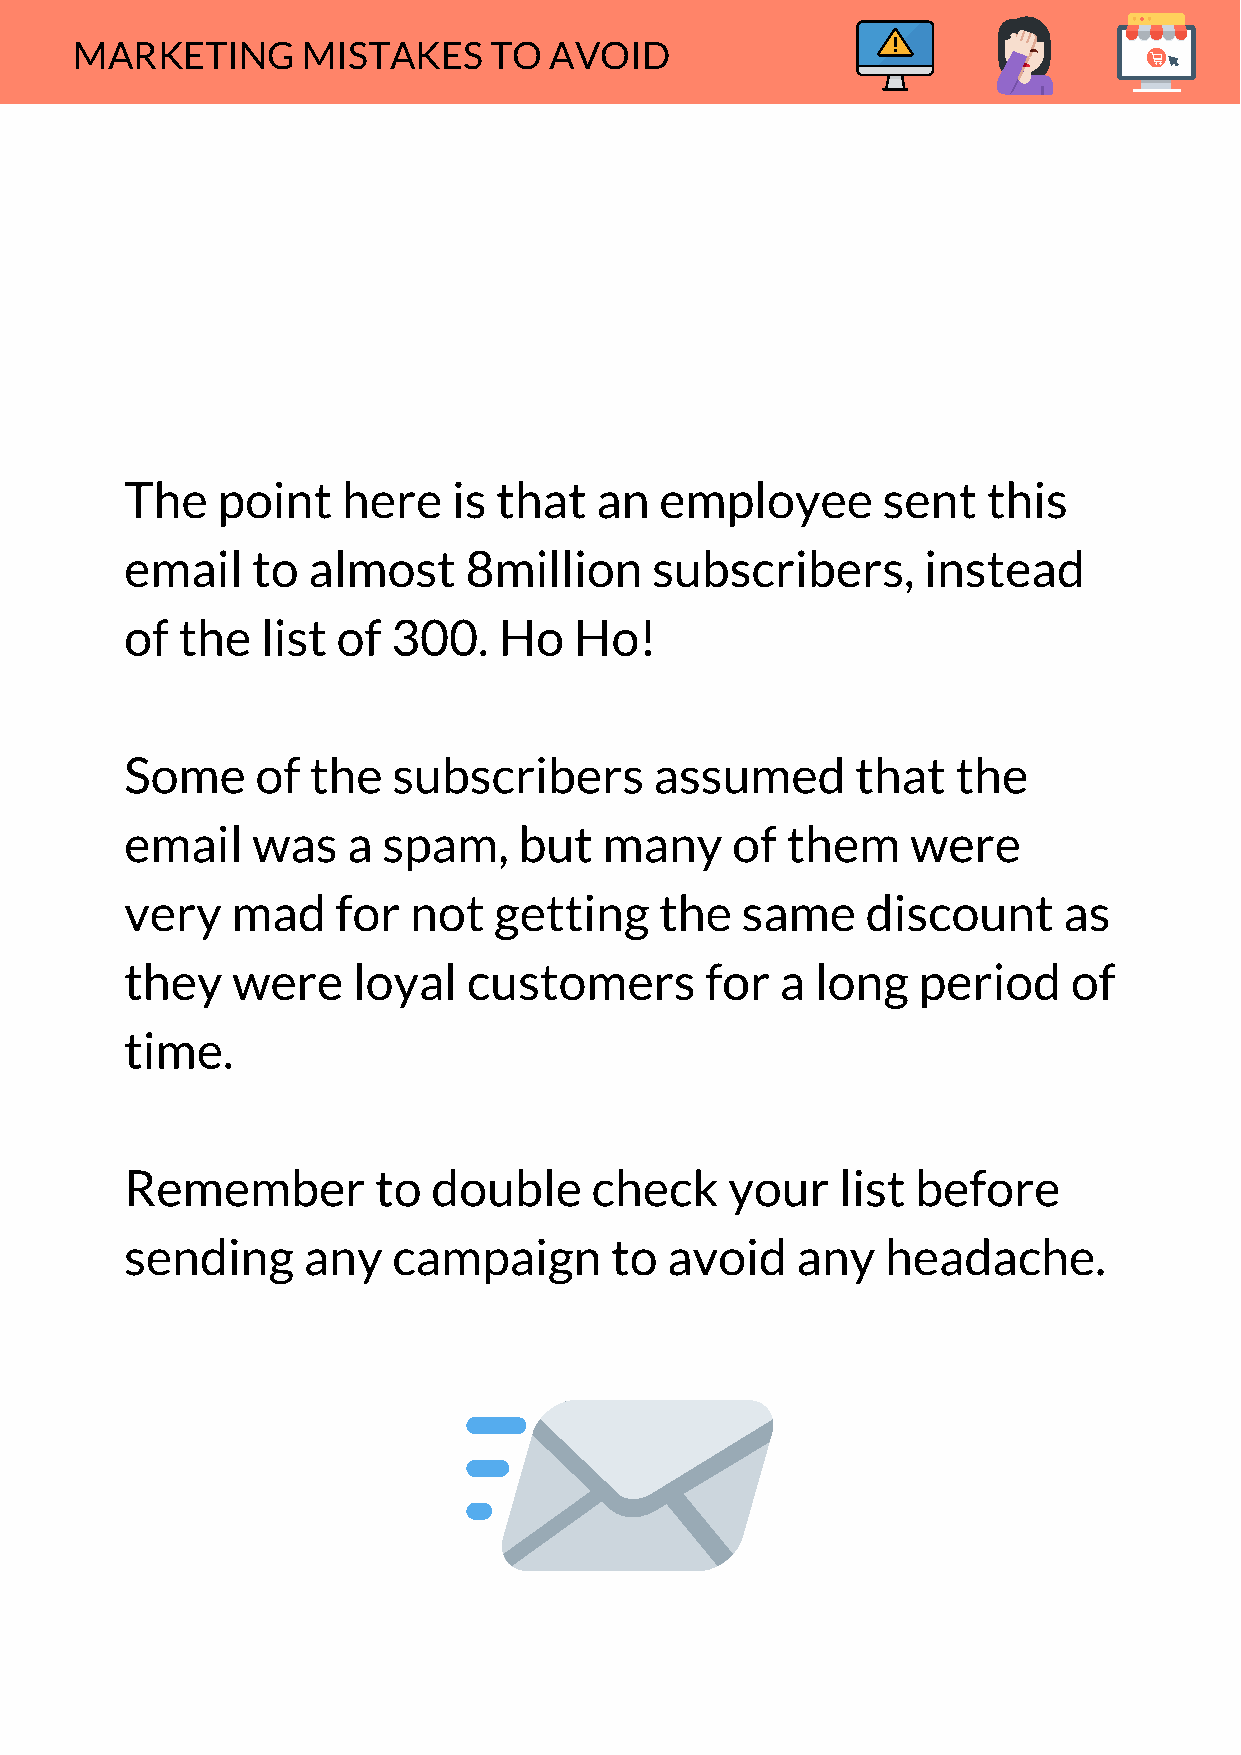
MARKETING      MISTAKES    TO  AVOID
 The   point    here   is that  an   employee      sent   this
 email    to almost     8million    subscribers,      instead
 of  the  list of  300.   Ho   Ho!
 Some     of  the  subscribers      assumed       that  the
 email    was   a spam,    but   many    of  them    were
 very   mad    for  not   getting    the  same    discount     as
 they   were    loyal   customers       for  a long   period    of
 time.
 Remember         to  double    check    your    list before
 sending     any   campaign      to  avoid    any   headache.